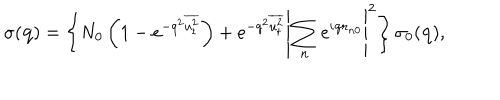
\sigma ( { \bf q } ) = \left\{ N _ { 0 } \left( 1 - e ^ { - q ^ { 2 } \overline { { { u _ { t } ^ { 2 } } } } } \right) + e ^ { - q ^ { 2 } \overline { { { u _ { t } ^ { 2 } } } } } \left| \sum _ { n } e ^ { i { \bf q r } _ { n 0 } } \right| ^ { 2 } \right\} \sigma _ { 0 } ( { \bf q } ) ,